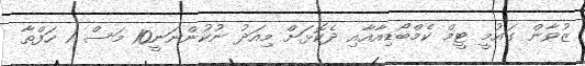
ޒުވާން ގައުމީ ޓީމް ކެމްބޯޑިއާއާއި ދެކޮޅަށް މިއަދު ނުކުންނަނީ10 މަސް 1 ހަފްތާ